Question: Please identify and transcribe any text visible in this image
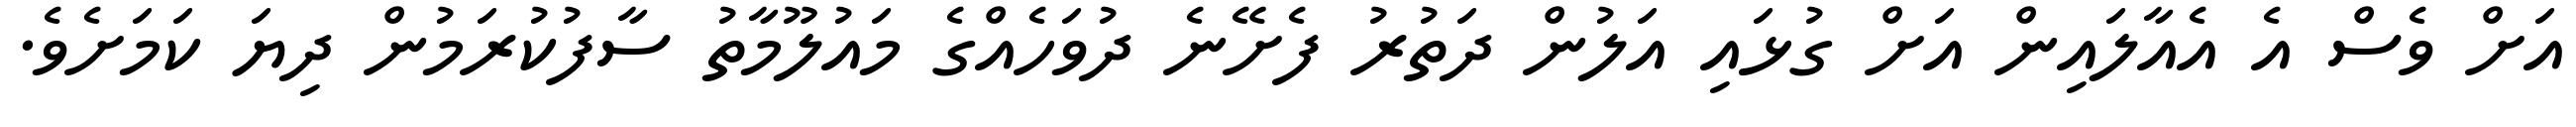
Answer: އަށް ވެސް އެ އެއާލައިން އަށް ގުޅައި އަލުން ދަތުރު ފެށޭނެ ދުވަހެއްގެ މައުލޫމާތު ސާފުކުރަމުން ދިޔަ ކަމަށެވެ.